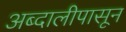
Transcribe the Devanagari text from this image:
अब्दालीपासून